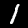
Digit: 1